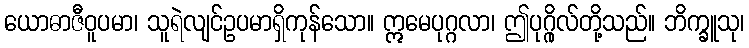
ယောဓာဇီဝူပမာ၊ သူရဲလျင်ဥပမာရှိကုန်သော။ ဣမေပုဂ္ဂလာ၊ ဤပုဂ္ဂိုလ်တို့သည်။ ဘိက္ခူသု၊